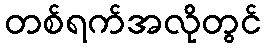
တစ်ရက်အလိုတွင်